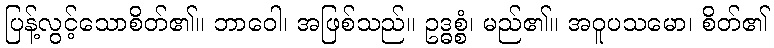
ပြန့်လွင့်သောစိတ်၏။ ဘာဝေါ၊ အဖြစ်သည်။ ဥဒ္ဓစ္စံ၊ မည်၏။ အဝူပသမော၊ စိတ်၏